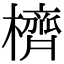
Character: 櫅